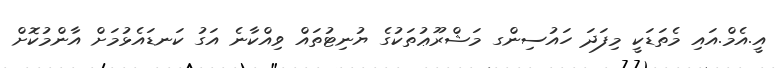
އީ.އެމް.އައި މެތަޑަކީ މިފަދަ ހައުސިންގ މަޝްރޫޢުތަކުގެ ޔުނިޓުތައް ވިއްކާނެ އަގު ކަނޑައެޅުމަށް އާންމުކޮށް